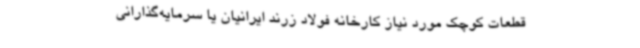
قطعات کوچک مورد نیاز کارخانه فولاد زرند ایرانیان یا سرمایه‌گذارانی